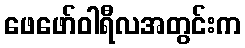
ဖေဖော်ဝါရီလအတွင်းက